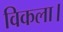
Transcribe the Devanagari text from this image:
विकला।